Vaccine operations Central Provinces 1886-1899 - 1886-1899
Year: 1886
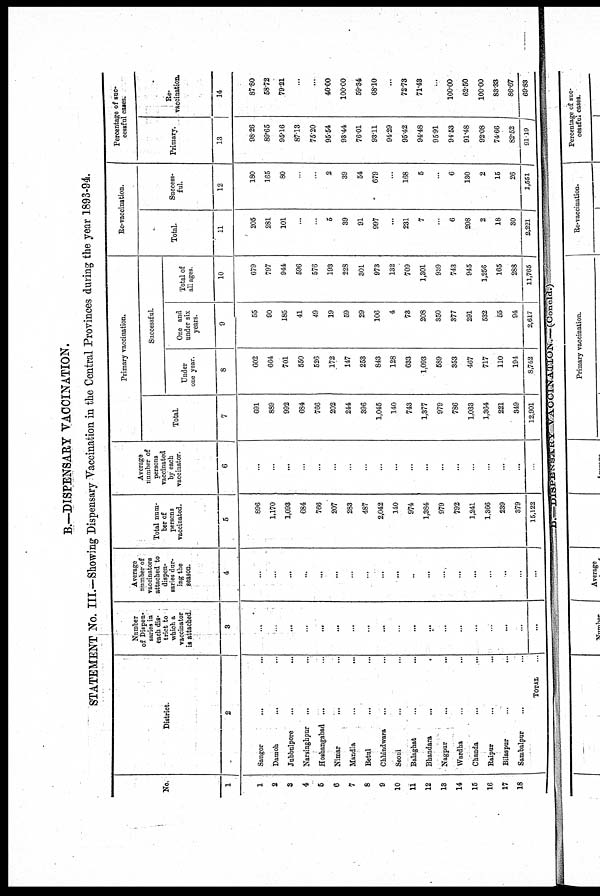
B.—DISPENSARY VACCINATION.
STATEMENT No. III.—Showing Dispensary Vaccination in the Central Provinces during the year 1893-94
No.
1
1
2
3
4
5
6
7
8
9
10
11
12
13
14
15
16
17
18
District.
2
Saugor
...
...
Damoh ... ...
Jubbulpore ... ...
Narsinghpur ... ...
Hoshangabad ... ...
Nimar ... ...
Mandla
...
...
Betul ... ...
Chhindwara ... ...
Seoni ... ...
Balaghat ... ...
Bhandara
...
...
Nagpur ... ...
Wardha ... ...
Chanda ... ...
Raipur ... ...
Bilaspur
...
...
Sambalpur ... ...
TOTAL ...
Number
of Dispen-
saries in
each dis-
trict to
which a
vaccinator
is attached.
3
...
...
...
...
...
...
...
...
...
...
...
...
...
...
...
...
...
...
...
Average
number of
vaccinators
attached to
dispen-
saries dur-
ing the
season.
4
...
...
...
...
...
...
...
...
...
...
..
...
....
...
...
...
..
...
...
Total num-
ber of
persons
vaccinated.
5
896
1,170
1,093
684
766
207
283
487
2,042
140
974
1,384
979
792
1,241
1,366
239
379
15,122
Average
number of
persons
vaccinated
by each
vaccinator.
6
...
...
...
...
...
...
...
...
...
...
...
...
...
...
...
...
...
...
...
Primary vaccination.
Total.
7
691
889
992
684
766
202
244
396
1,045
140
743
1,377
979
786
1,033
1,364
221
349
12,901
Successful.
Under
one year.
8
602
664
701
550
526
172
147
253
843
128
633
1,093
589
353
467
717
110
194
8,742
One and
under six
years.
9
55
90
185
41
49
19
59
29
106
4
73
208
350
377
291
532
55
94
2,617
Total of
all ages.
10
679
797
944
596
576
193
228
301
973
132
709
1,301
939
743
945
1,256
165
288
11,765
Re-vaccination.
Total.
11
205
281
101
...
...
5
39
91
997
...
231
7
...
6
208
2
18
30
2,221
Success-
ful.
12
180
165
80
...
...
2
39
54
679
...
168
5
...
6
130
2
15
26
1,551
Percentage of suc-
cessful cases.
Primary.
13
98.26
89.65
95.16
87.13
75.20
95.54
93.44
76.01
93.11
94.29
95.42
94.48
95.91
94.53
91.48
92.08
74.66
82.52
91.19
Re-
vaccination.
14
87.80
58.72
79.21
...
...
40.00
100.00
59.34
68.10
...
72.73
71.43
...
100.00
62.50
100.00
83.33
86.67
69.83